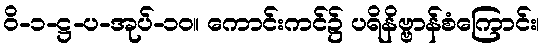
ဝိ-၁-ဋ္ဌ-ပ-အုပ်-၁၀။ ကောင်းကင်၌ ပရိနိဗ္ဗာန်စံကြောင်း၊